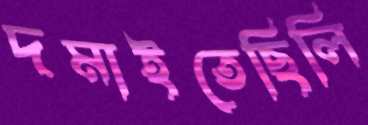
দমাইতেছিলি